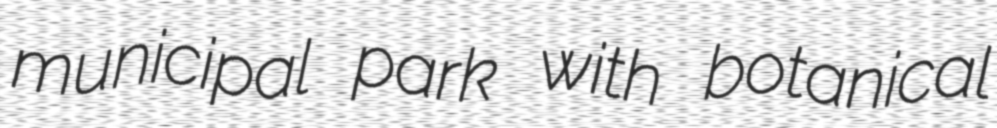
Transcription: municipal park with botanical